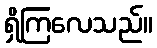
ရှိကြလေသည်။